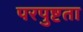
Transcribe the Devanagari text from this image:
परपुष्टता